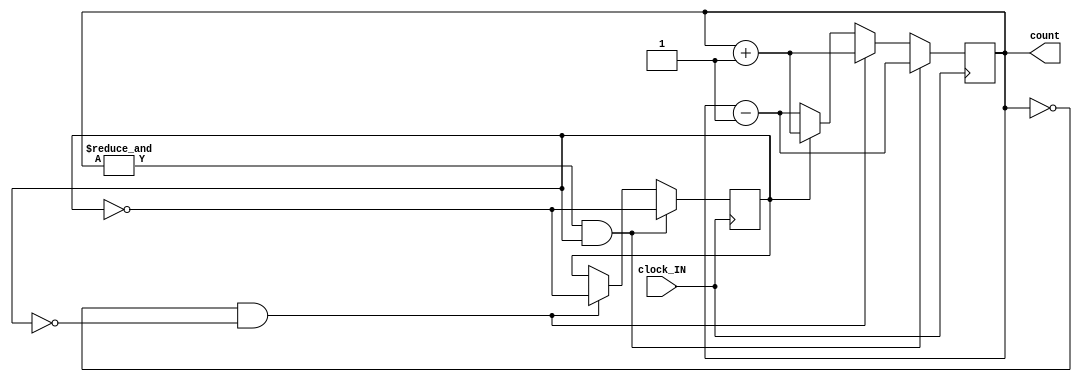
module updown_counter
(
    input clock_IN,
    output reg [6:0] count
);
reg up; // count up at 1; count down at 0

initial
begin
	count = 7'b1111111;
	up = 0;
end

always@(posedge clock_IN)
begin

    if (&count && up)
    begin // if count at max, reverse direction
        up <= ~up;
        count <= count - 1;
    end
    else if (!count && !up)
    begin // if at min, reverse direction
        up <= ~up;
        count <= count + 1;
    end
    else  // otherwise, increment/decrement depending on up
        count <= up ? count + 1 : count - 1;
end

endmodule